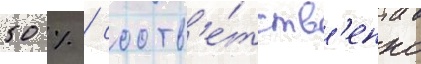
50 % / соотв'е́тств'енно